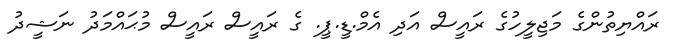
ރައްޔިތުންގެ މަޖިލީހުގެ ރައީސް އަދި އެމް.ޑީ.ޕީ. ގެ ރައީސް ރައީސް މުޙައްމަދު ނަޝީދު